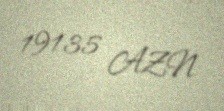
19135 AZN